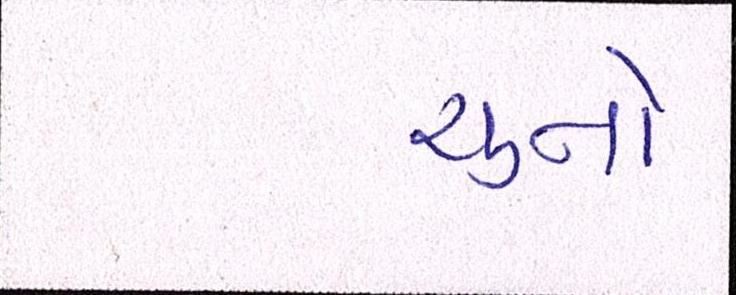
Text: ચુનો